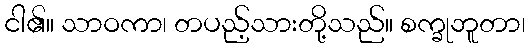
ငါ၏။ သာဝကာ၊ တပည့်သားတို့သည်။ စက္ခုဘူတာ၊